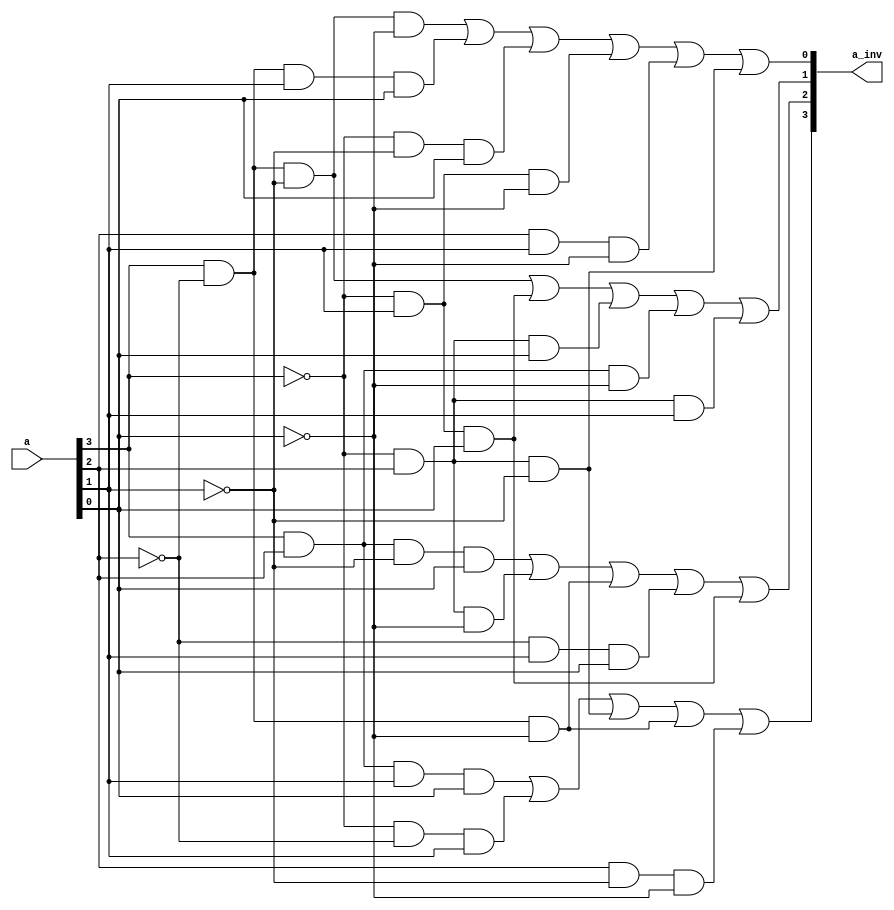
module gf4_inv(
    input [3:0] a,
    output [3:0] a_inv
);
    assign a_inv[3] = (a[3] & a[2] & a[1] & a[0]) | (~a[3] & ~a[2] & a[1]) | (~a[3] & a[2] & ~a[1]) | (a[3] & ~a[2] & ~a[0]) | (a[2] & ~a[1] & ~a[0]);
    assign a_inv[2] = (a[3] & a[2] & ~a[1] & a[0]) | (~a[3] & a[2] & ~a[0]) | (a[3] & ~a[2] & ~a[0]) | (~a[2] & a[1] & a[0]) | (~a[3] & a[1] & a[0]);
    assign a_inv[1] =  (a[3] & ~a[2] & ~a[1]) | (~a[3] & a[1] & a[0]) | (~a[3] & a[2] & a[0]) | (a[3] & a[2] & ~a[0]) | (~a[3] & a[2] & a[1]);
    assign a_inv[0] = (a[3] & ~a[2] & ~a[1] & ~a[0]) | (a[3] & ~a[2] & a[1] & a[0]) | (~a[3] & ~a[1] & a[0]) | (~a[3] & a[1] & ~a[0]) | (a[2] & a[1] & ~a[0]) | (~a[3] & a[2] & ~a[1]);
endmodule